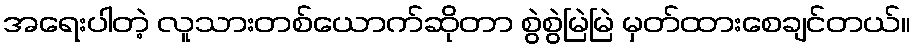
အရေးပါတဲ့ လူသားတစ်ယောက်ဆိုတာ စွဲစွဲမြဲမြဲ မှတ်ထားစေချင်တယ်။